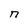
Character: n